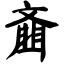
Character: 齑